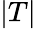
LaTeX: |T|